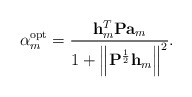
\begin{align*}\alpha_{m}^{\textrm{opt}}=\frac{\mathbf{h}_{m}^{T}\mathbf{P}\mathbf{a}_{m}}{1+\left\Vert \mathbf{P}^{\frac{1}{2}}\mathbf{h}_{m}\right\Vert ^{2}}.\end{align*}